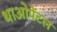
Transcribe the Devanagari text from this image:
थाओपेंटल